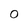
Character: 0